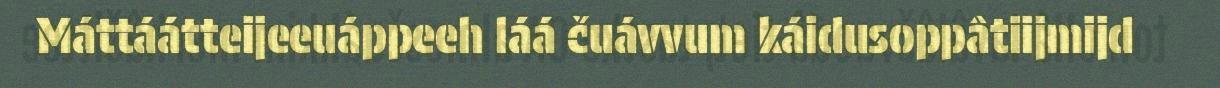
Máttáátteijeeuáppeeh láá čuávvum káidusoppâtiijmijd